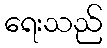
ရေးသည်